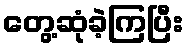
တွေ့ဆုံခဲ့ကြပြီး